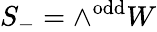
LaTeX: S_{-}=\wedge^{\mathrm{odd}}W